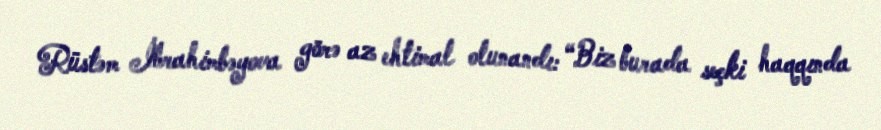
Rüstəm İbrahimbəyova görə az ehtimal olunandı: “Biz burada seçki haqqında